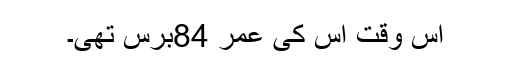
اس وقت اس کی عمر 84برس تھی۔